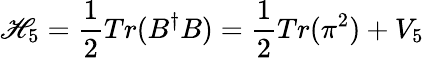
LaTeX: \mathscr{H}_{5}=\frac{{1}}{{2}}Tr(B^{\dagger}B)=\frac{{1}}{{2}}Tr(\pi^{2})+V_{5}